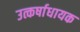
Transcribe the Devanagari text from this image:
उत्कर्षाधायक